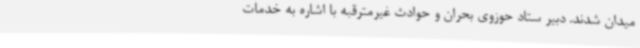
میدان شدند. دبیر ستاد حوزوی بحران و حوادث غیرمترقبه با اشاره به خدمات